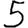
Digit: 5